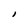
Character: I